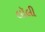
લૉલી